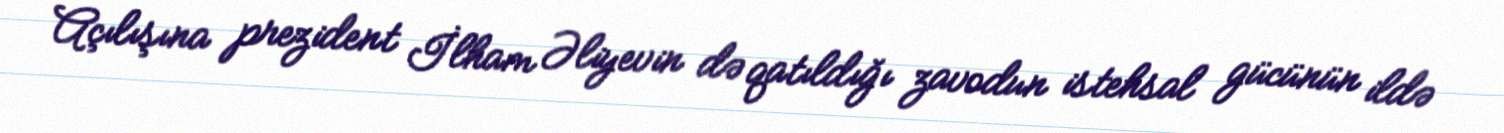
Açılışına prezident İlham Əliyevin də qatıldığı zavodun istehsal gücünün ildə